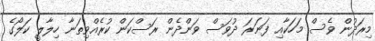
މިރަދުން ވެސް މަހަކާއި ފަނަރަ ދުވަސް ވަންދެން ރަސްކަން ކުރެއްވިތަނާ ހިލާލީ ކަލޯގެ